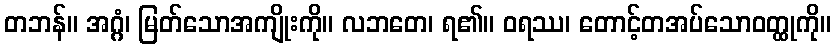
တဘန်။ အဂ္ဂံ၊ မြတ်သောအကျိုးကို။ လဘတေ၊ ရ၏။ ဝရဿ၊ တောင့်တအပ်သောဝတ္ထုကို။